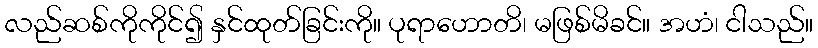
လည်ဆစ်ကိုကိုင်၍ နှင်ထုတ်ခြင်းကို။ ပုရာဟောတိ၊ မဖြစ်မိခင်။ အဟံ၊ ငါသည်။